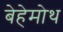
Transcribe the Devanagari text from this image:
बेहेमोथ